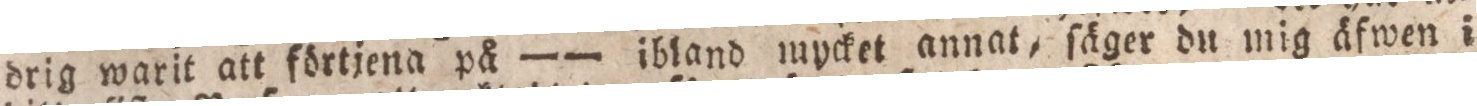
drig warit att förtjena på — — ibland mycket annat, ſäger du mig äfwen i